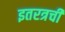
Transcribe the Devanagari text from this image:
इतरत्रची